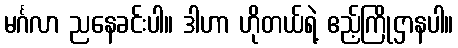
မင်္ဂလာ ညနေခင်းပါ။ ဒါဟာ ဟိုတယ်ရဲ့ ဧည့်ကြိုဌာနပါ။